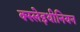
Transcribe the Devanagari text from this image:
क्स्लेइथीनियन